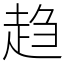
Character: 趋